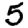
Digit: 5